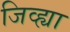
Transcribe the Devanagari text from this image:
जिव्ह्या